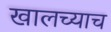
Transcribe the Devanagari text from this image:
खालच्याच